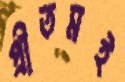
প্রীতমই